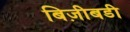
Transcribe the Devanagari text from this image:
बिज़ीबडी